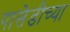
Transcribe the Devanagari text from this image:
पासेडीच्या